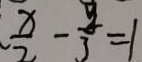
\frac { x } { 2 } - \frac { y } { 3 } = 1